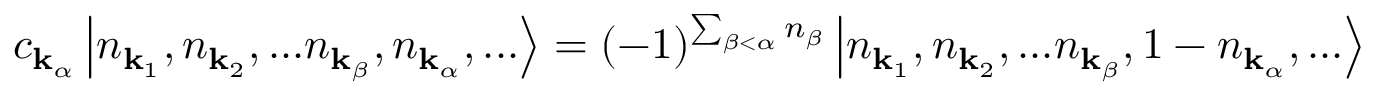
c _ { \mathbf { k } _ { \alpha } } \left| n _ { \mathbf { k } _ { 1 } } , n _ { \mathbf { k } _ { 2 } } , . . . n _ { \mathbf { k } _ { \beta } } , n _ { \mathbf { k } _ { \alpha } } , . . . \right\rangle = ( - 1 ) ^ { \sum _ { \beta < \alpha } n _ { \beta } } \left| n _ { \mathbf { k } _ { 1 } } , n _ { \mathbf { k } _ { 2 } } , . . . n _ { \mathbf { k } _ { \beta } } , 1 - n _ { \mathbf { k } _ { \alpha } } , . . . \right\rangle